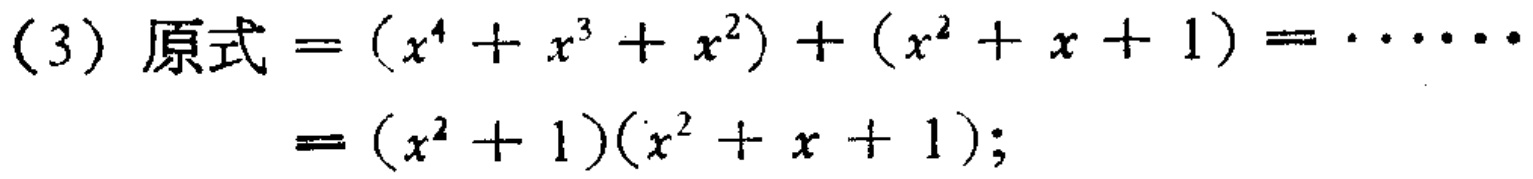
(3) 原式$=(x^{4}+x^{3}+x^{2})+(x^{2}+x + 1)=\cdots\cdots$

$=(x^{2}+1)(x^{2}+x + 1);$